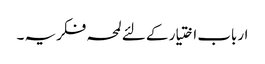
ارباب اختیار کے لئے لمحہ فکریہ ۔